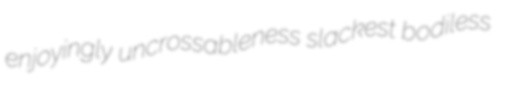
enjoyingly uncrossableness slackest bodiless